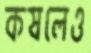
কষলেও